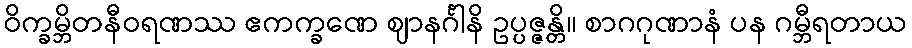
ဝိက္ခမ္ဘိတနီဝရဏဿ ဧကက္ခဏေ ဈာနင်္ဂါနိ ဥပ္ပဇ္ဇန္တိ။ စာဂဂုဏာနံ ပန ဂမ္ဘီရတာယ